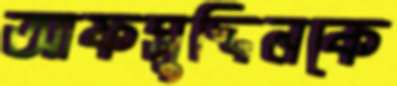
আফসুদ্দিনকে